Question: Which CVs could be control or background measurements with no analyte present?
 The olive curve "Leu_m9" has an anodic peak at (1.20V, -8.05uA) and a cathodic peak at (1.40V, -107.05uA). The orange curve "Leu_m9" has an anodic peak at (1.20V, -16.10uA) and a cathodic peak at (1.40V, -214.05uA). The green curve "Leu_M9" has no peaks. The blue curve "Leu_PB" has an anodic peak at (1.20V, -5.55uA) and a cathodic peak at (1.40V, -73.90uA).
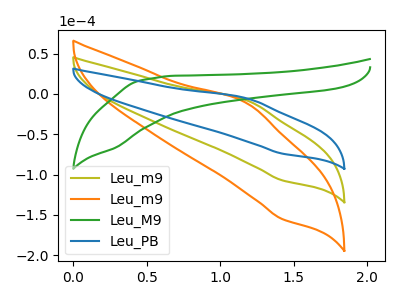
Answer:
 <answer>"Leu_M9" is likely to be a blank.</answer>
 <eval>Leu_M9</eval>